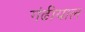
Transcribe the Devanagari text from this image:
गंढीयाल